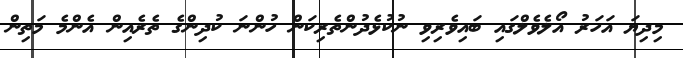
މިދިޔަ އަހަރު އޯލެވެލްގައި ބައިވެރިވި ނުކުޅެދުންތެރިކަން ހުންނަ ކުދިންގެ ތެރެއިން އެންމެ މަތިން